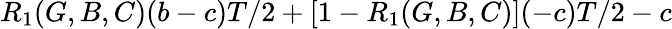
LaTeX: R_{1}(G,B,C)(b-c)T/2+\left[1-R_{1}(G,B,C)\right](-c)T/2-c